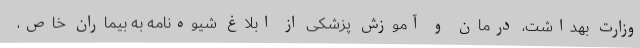
وزارت بهداشت، درمان و آموزش پزشکی از ابلاغ شیوه‌نامه به بیماران خاص،